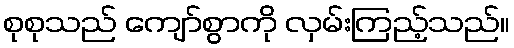
စုစုသည် ကျော်စွာကို လှမ်းကြည့်သည်။